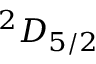
^ 2 D _ { 5 / 2 }